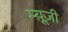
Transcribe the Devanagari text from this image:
म्यू़ज़ी